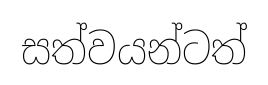
සත්වයන්ටත්